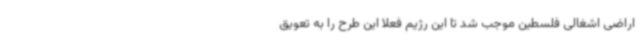
اراضی اشغالی فلسطین موجب شد تا این رژیم فعلا این طرح را به تعویق